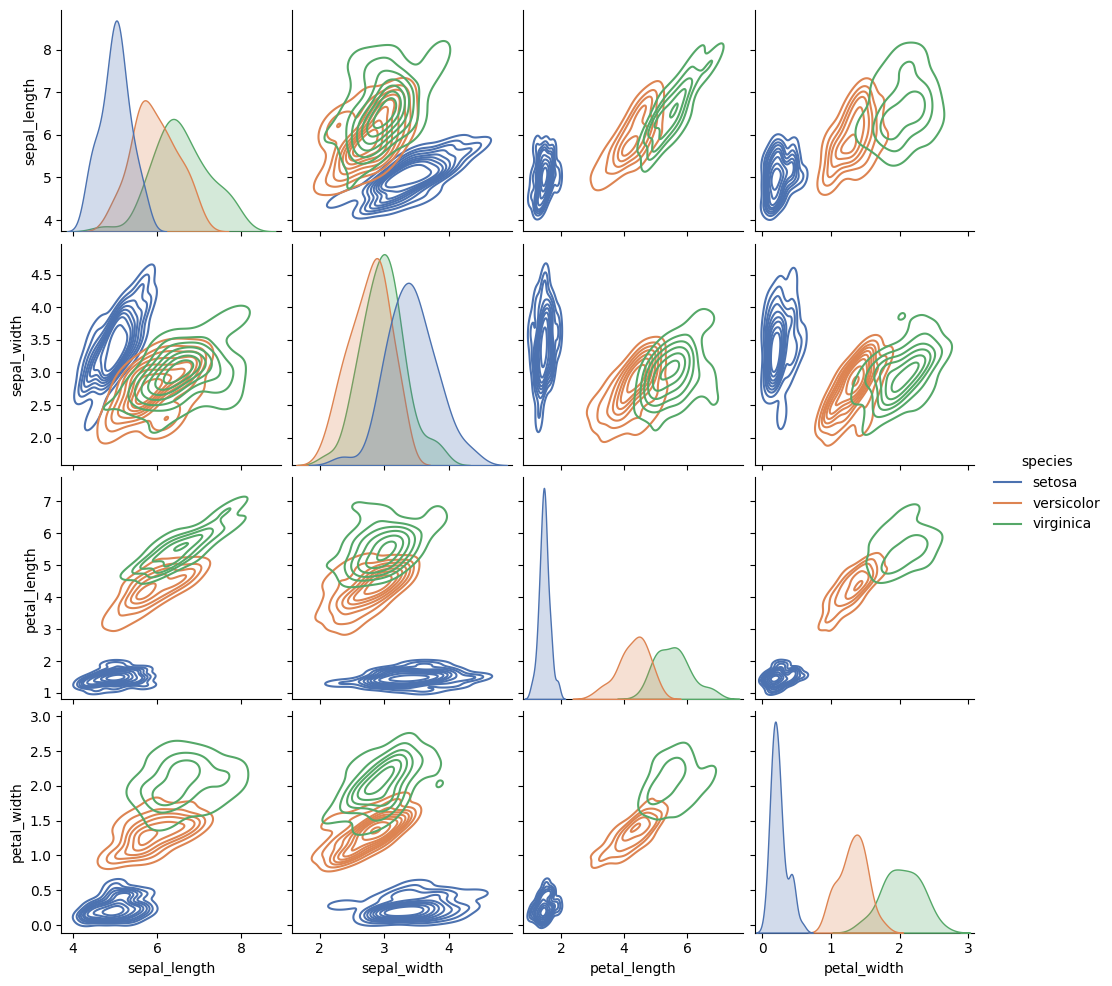
python, seaborn, pairplot, palette='deep', markers=['o', 's', 'D'], kind='kde', diag_kind='auto'